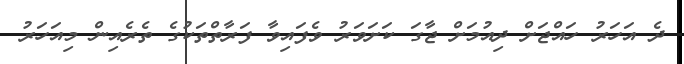
ދެ އަހަރު ހައްޖަށް ދިއުމަށް ޖާގަ ކަށަވަރު ވެފައިވާ ފަރާތްތަކުގެ ތެރެއިން މިއަހަރު